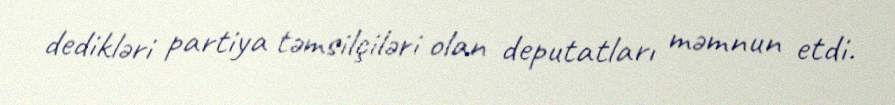
dedikləri partiya təmsilçiləri olan deputatları məmnun etdi.